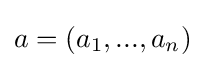
a=(a_{1},...,a_{n})